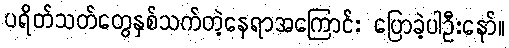
ပရိတ်သတ်တွေနှစ်သက်တဲ့နေရာအကြောင်း ပြောခဲ့ပါဦးနော်။